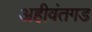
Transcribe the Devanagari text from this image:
अहीवंतगड